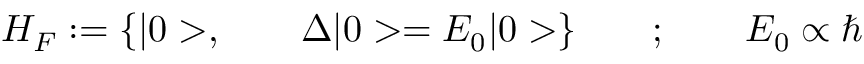
H _ { F } : = { \{ | 0 > , \qquad \Delta | 0 > = E _ { 0 } | 0 > } \} \qquad ; \qquad E _ { 0 } \propto \hbar